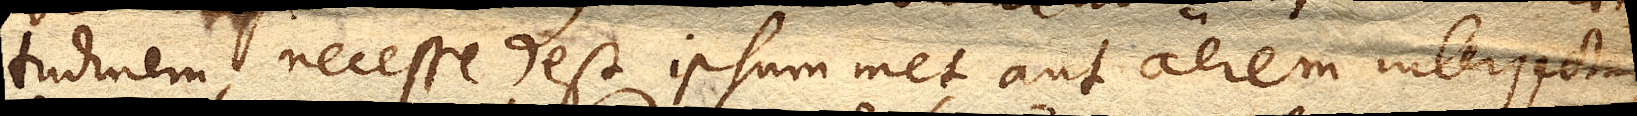
tudinem, necesse est ipsummet aut aerem interjectum